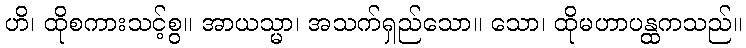
ဟိ၊ ထိုစကားသင့်စွ။ အာယသ္မာ၊ အသက်ရှည်သော။ သော၊ ထိုမဟာပန္ထကသည်။